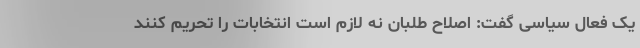
یک فعال سیاسی گفت: اصلاح طلبان نه لازم است انتخابات را تحریم کنند